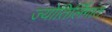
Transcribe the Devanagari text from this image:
ज्योतिर्लिंगांत